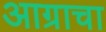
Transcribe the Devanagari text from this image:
आग्राचा